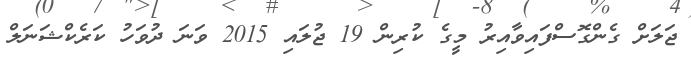
ޖަލަށް ގެންގޮސްފައިވާއިރު މީގެ ކުރިން 19 ޖުލައި 2015 ވަނަ ދުވަހު ކަރެކްޝަނަލް